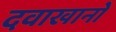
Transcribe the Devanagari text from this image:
दवाखानों